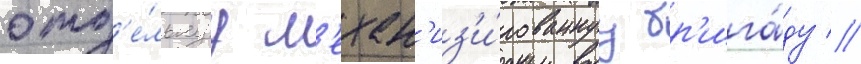
отд'е́льнуу м'ехан'из'и́рованнуу бр'ига́ду //